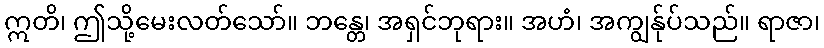
ဣတိ၊ ဤသို့မေးလတ်သော်။ ဘန္တေ၊ အရှင်ဘုရား။ အဟံ၊ အကျွန်ုပ်သည်။ ရာဇာ၊